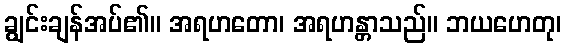
ချွင်းချန်အပ်၏။ အရဟတော၊ အရဟန္တာသည်။ ဘယဟေတု၊